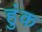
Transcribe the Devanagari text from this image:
हुंक